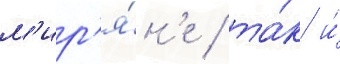
м'ир'я́н'е / та́к и́